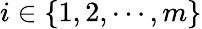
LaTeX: i\in\{ 1,2,\cdots,m\}